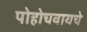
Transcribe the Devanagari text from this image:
पोहोचवायचे